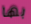
بها